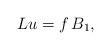
LaTeX: \begin{align*}L u=f \,B_1,\end{align*}